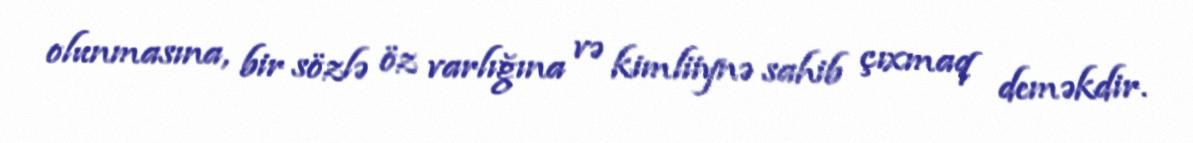
olunmasına, bir sözlə öz varlığına və kimliiynə sahib çıxmaq deməkdir.